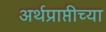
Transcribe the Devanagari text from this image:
अर्थप्राप्तीच्या